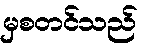
မှစတင်သည်